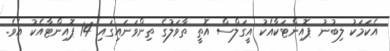
އެކަަމަކު ލިބުނު ޕޮއިންޓަކާއެކު އީގަލްސް އޮތީ ތާވަލުގެ ތިންވަނައިގައި 14 ޕޮއިންޓާއެކު އެވެ.